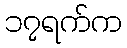
၁၇ရက်က